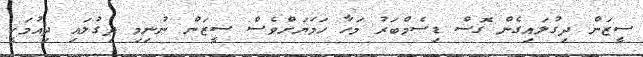
ސީޒަން ދިގުލައިގެން ގޮސް ޑިސެމްބަރު މަހާ ހަމަޔަށްވެސް ސީޒަން ނުނިމި ދިގުލައި ދިއުމަކީ